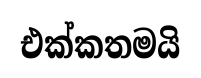
එක්කතමයි